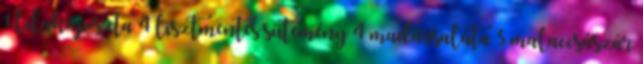
1 lilakáposzta 4 lisztmentes sütemény 4 madársaláta 3 malaccsászár